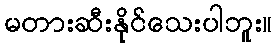
မတားဆီးနိုင်သေးပါဘူး။